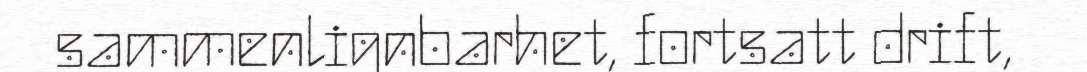
sammenlignbarhet, fortsatt drift,